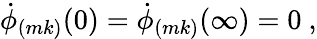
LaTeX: \dot{\phi}_{(mk)}(0)=\dot{\phi}_{(mk)}(\infty)=0~,